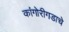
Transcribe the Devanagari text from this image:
कांगोरीगडाचे